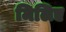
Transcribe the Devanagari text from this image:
मिलिए